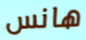
هانس